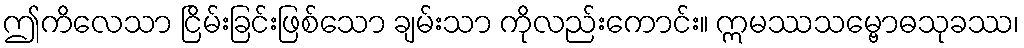
ဤကိလေသာ ငြိမ်းခြင်းဖြစ်သော ချမ်းသာ ကိုလည်းကောင်း။ ဣမဿသမ္ဗောဓသုခဿ၊